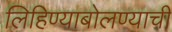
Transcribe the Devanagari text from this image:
लिहिण्याबोलण्याची